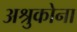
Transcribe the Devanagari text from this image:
अश्रुकोना